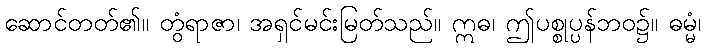
ဆောင်တတ်၏။ တွံရာဇာ၊ အရှင်မင်းမြတ်သည်။ ဣဓ၊ ဤပစ္စုပ္ပန်ဘဝ၌။ ဓမ္မံ၊